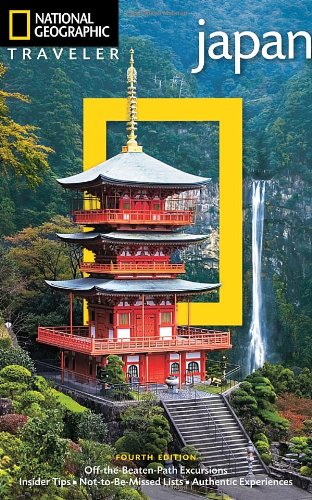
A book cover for National Geographic Traveler: Japan, 4th Edition; Nicholas Bornoff; Travel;